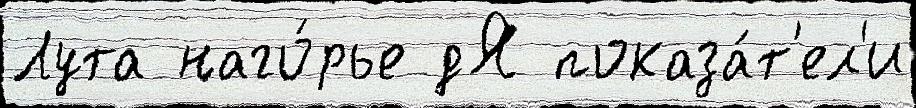
Лута наго́рье дЯ показа́т'ел'и